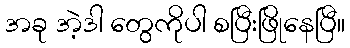
အခု အဲ့ဒါ တွေကိုပါ စပြီးဖြိုနေပြီ။